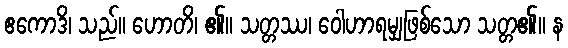
ဧကောဒိ၊ သည်။ ဟောတိ၊ ၏။ သတ္တဿ၊ ဝေါဟာရမျှဖြစ်သော သတ္တ၏။ န